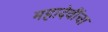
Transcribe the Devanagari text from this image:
महादेवींचा